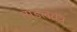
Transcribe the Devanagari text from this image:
ताडलतंत्र